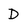
Character: D